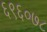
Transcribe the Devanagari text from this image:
६९६०७८